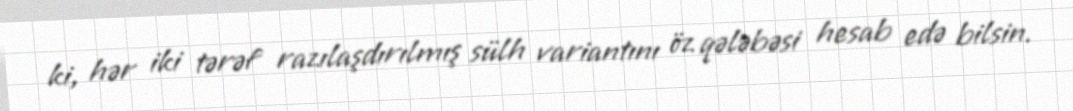
ki, hər iki tərəf razılaşdırılmış sülh variantını öz qələbəsi hesab edə bilsin.